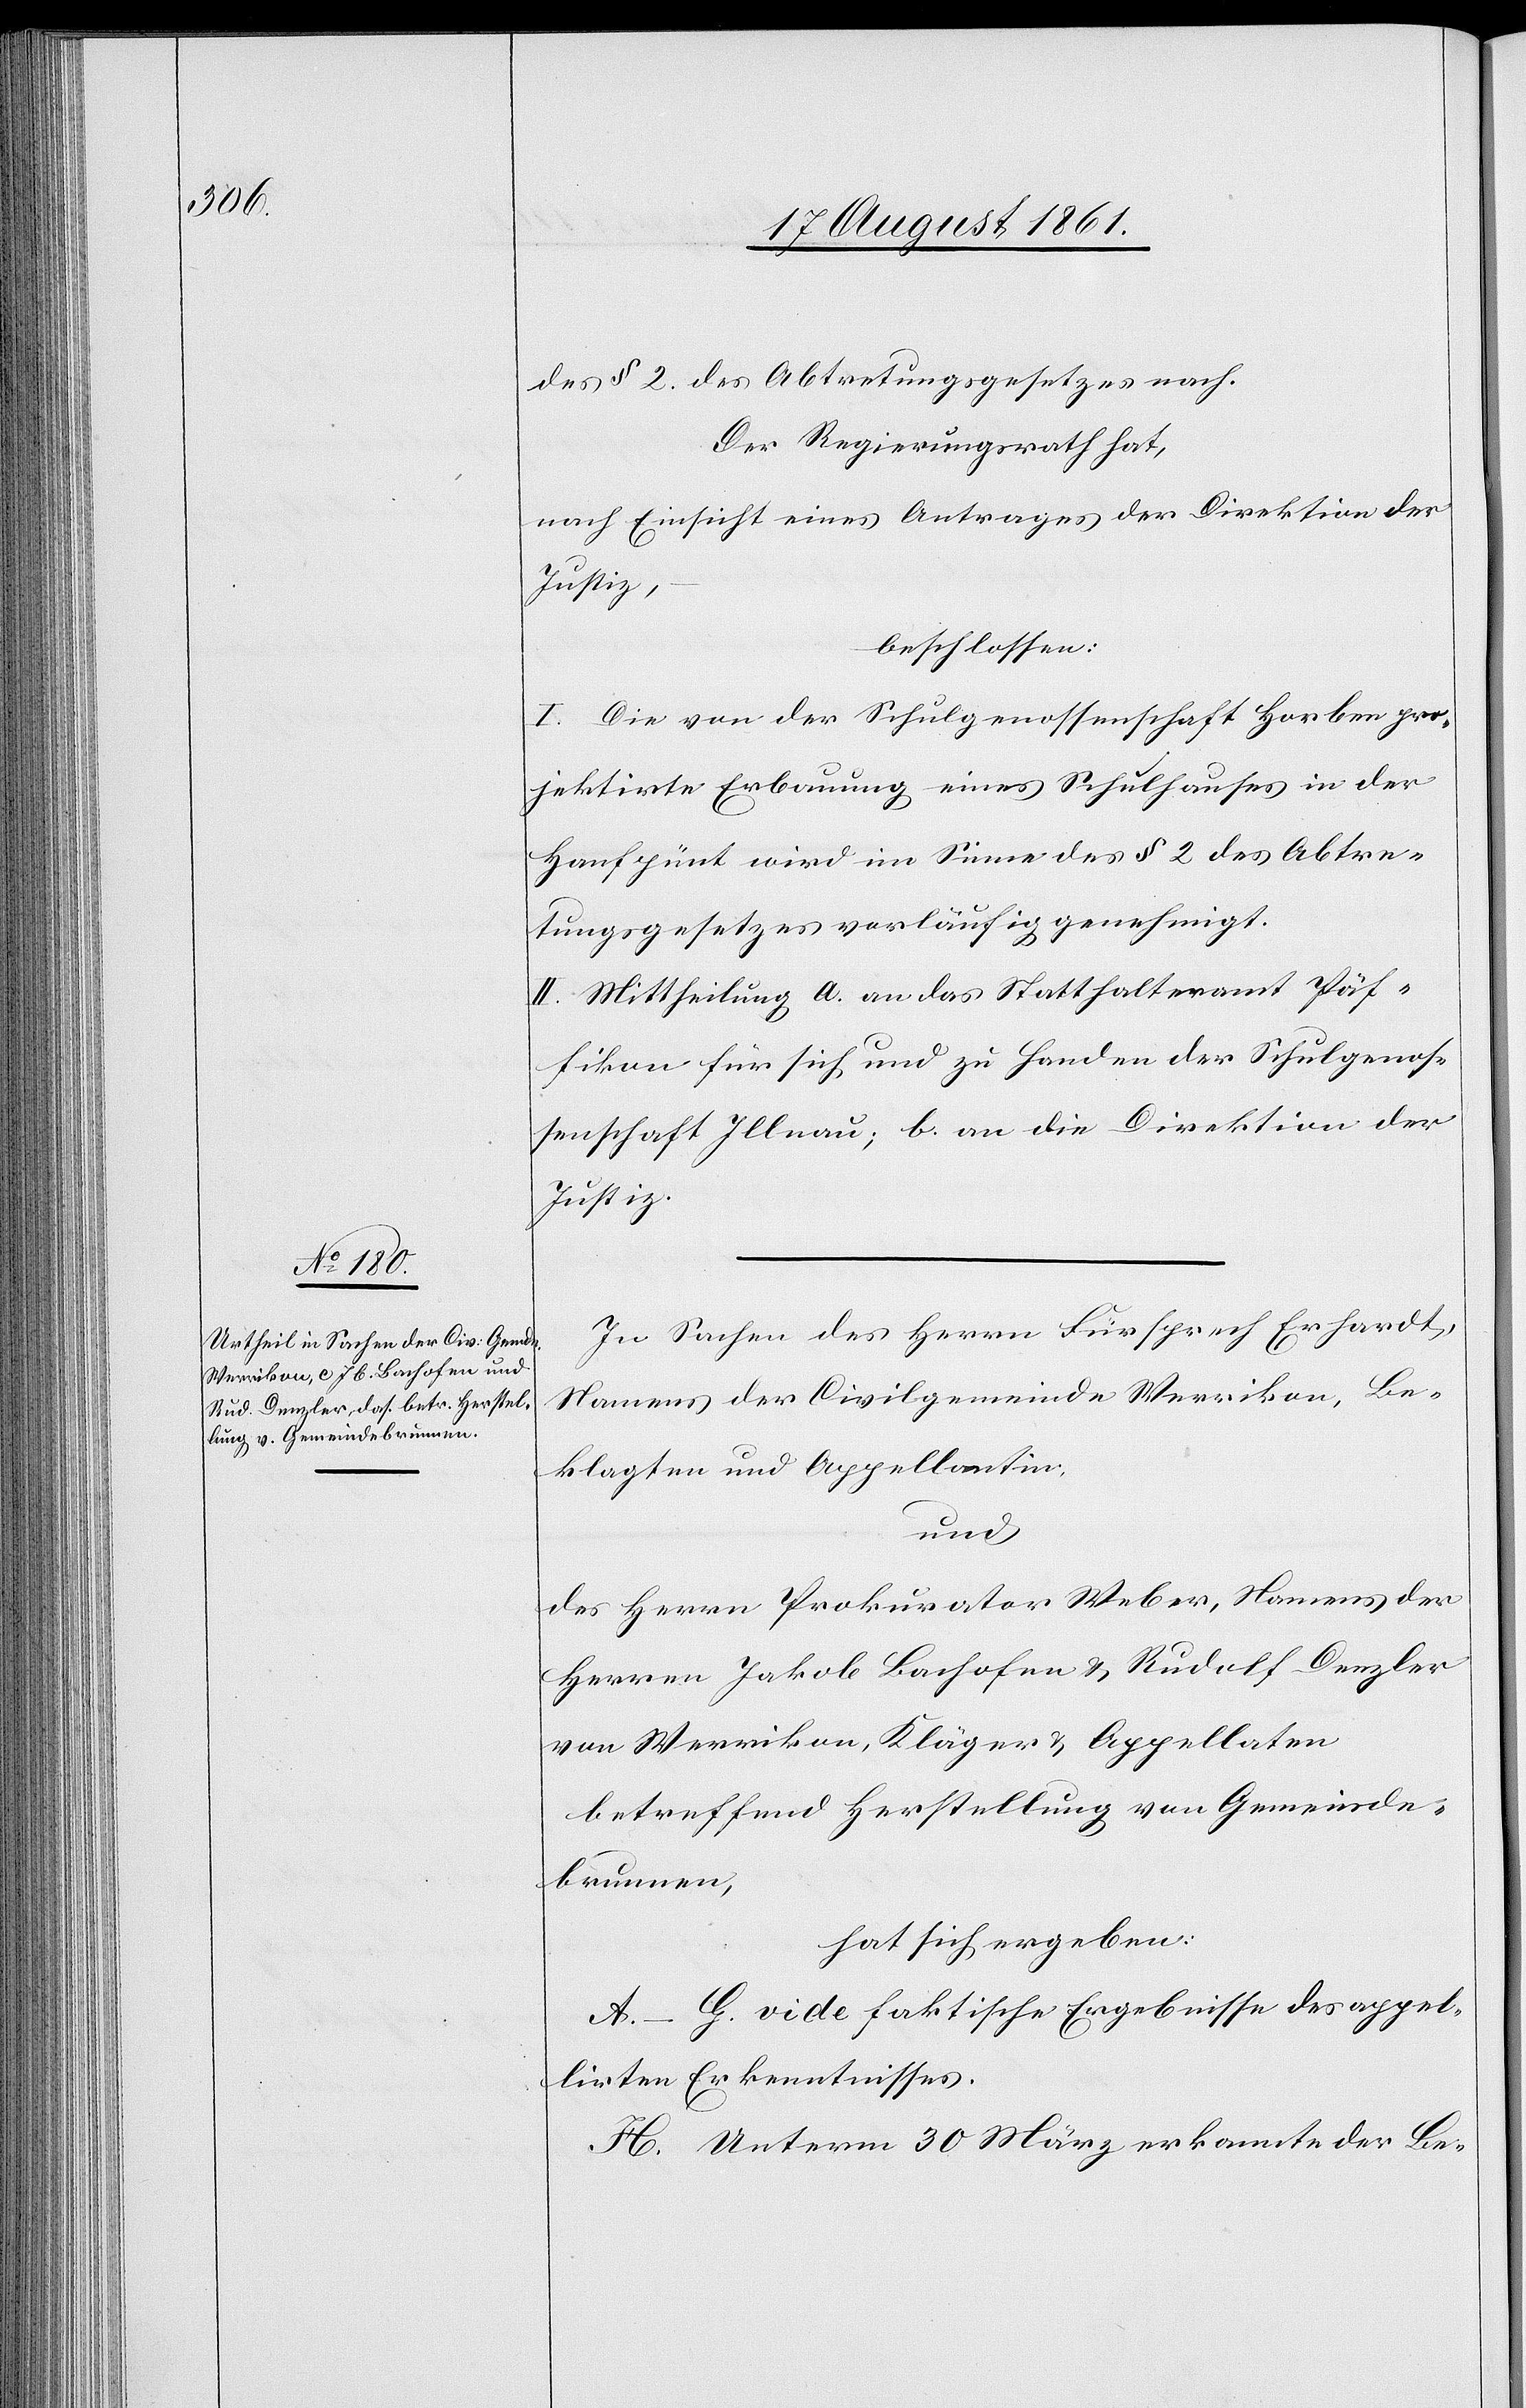
des § 2 des Abtretungsgesetzes nach.
Der Regierungsrath hat,
nach Einsicht eines Antrages der Direktion der
Justiz,
beschlossen:
I. Die von der Schulgenossenschaft Horben pro¬
jektirte Erbauung eines Schulhauses in der
Hanfpünt wird im Sinne des § 2 des Abtre¬
tungsgesetzes vorläufig genehmigt.
II. Mittheilung a. an das Statthalteramt Päffikon
[sic!] für sich und zu Handen der Schulgenos¬
senschaft Illnau; b. an die Direktion der
Justiz.
In Sachen des Herrn Fürsprech Erhardt,
Namens der Civilgemeinde Werrikon, Be¬
klagten und Appellantin,
und
des Herrn Prokurator Weber, Namens der
Herrn Jakob Bachofen u. Rudolf Denzler
von Werrikon, Kläger u. Appellaten
betreffend Herstellung von Gemeinde¬
brunnen,
hat sich ergeben:
A–G. vide faktische Ergebnisse des appel¬
lirten Erkenntnisses.
H. Unterm 30 März erkannte der Be-